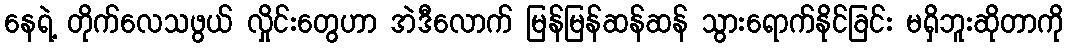
နေရဲ့ တိုက်လေသဖွယ် လှိုင်းတွေဟာ အဲဒီလောက် မြန်မြန်ဆန်ဆန် သွားရောက်နိုင်ခြင်း မရှိဘူးဆိုတာကို